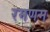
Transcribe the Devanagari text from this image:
रमणम